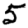
Digit: 5